Report on vaccination in the Province of Bengal - 1874-1889
Year: 1874
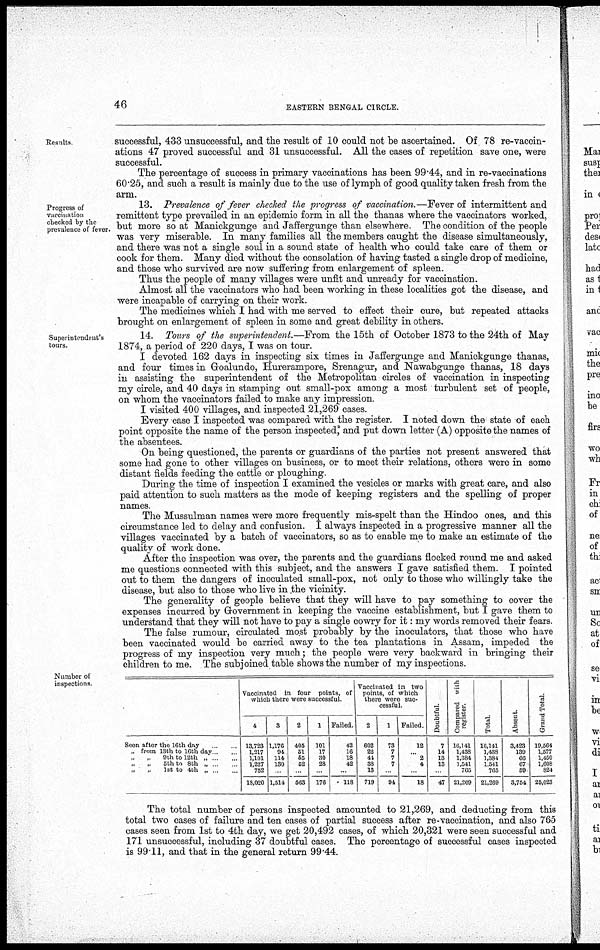
46
EASTERN BENGAL CIRCLE.
Results.
successful, 433 unsuccessful, and the result of 10 could not be ascertained. Of 78 re-vaccin-
ations 47 proved successful and 31 unsuccessful. All the cases of repetition save one, were
successful.
The percentage of success in primary vaccinations has been 99.44, and in re-vaccinations
60.25, and such a result is mainly due to the use of lymph of good quality taken fresh from the
arm.
Progress of
vaccination
checked by the
prevalence of fever.
13. Prevalence of fever checked the progress of vaccination.—Fever of intermittent and
remittent type prevailed in an epidemic form in all the thanas where the vaccinators worked,
but more so at Manickgunge and Jaffergunge than elsewhere. The condition of the people
was very miserable. In many families all the members caught the disease simultaneously,
and there was not a single soul in a sound state of health who could take care of them or
cook for them. Many died without the consolation of having tasted a single drop of medicine,
and those who survived are now suffering from enlargement of spleen.
Thus the people of many villages were unfit and unready for vaccination.
Almost all the vaccinators who had been working in these localities got the disease, and
were incapable of carrying on their work.
The medicines which I had with me served to effect their cure, but repeated attacks
brought on enlargement of spleen in some and great debility in others.
Superintendent's
tours.
14. Tours of the superintendent.—From the 15th of October 1873 to the 24th of May
1874, a period of 220 days, I was on tour.
I devoted 162 days in inspecting six times in Jaffergunge and Manickgunge thanas,
and four times in Goalundo, Hurerampore, Srenagur, and Nawabgunge thanas, 18 days
in assisting the superintendent of the Metropolitan circles of vaccination in inspecting
my circle, and 40 days in stamping out small-pox among a most turbulent set of people,
on whom the vaccinators failed to make any impression
I visited 400 villages, and inspected 21,269 cases.
Every case I inspected was compared with the register. I noted down the state of each
point opposite the name of the person inspected, and put down letter (A) opposite the names of
the absentees.
On being questioned, the parents or guardians of the parties not present answered that
some had gone to other villages on business, or to meet their relations, others were in some
distant fields feeding the cattle or ploughing
During the time of inspection I examined the vesicles or marks with great care, and also
paid attention to such matters as the mode of keeping registers and the spelling of proper
names.
The Mussulman names were more frequently mis-spelt than the Hindoo ones, and this
circumstance led to delay and confusion. I always inspected in a progressive manner all the
villages vaccinated by a batch of vaccinators, so as to enable me to make an estimate of the
quality of work done.
After the inspection was over, the parents and the guardians flocked round me and asked
me questions connected with this subject, and the answers I gave satisfied them. I pointed
out to them the dangers of inoculated small-pox, not only to those who willingly take the
disease, but also to those who live in the vicinity.
The generality of geople believe that they will have to pay something to cover the
expenses incurred by Government in keeping the vaccine establishment, but I gave them to
understand that they will not have to pay a single cowry for it: my words removed their fears.
The false rumour, circulated most probably by the inoculators, that those who have
been vaccinated would be carried away to the tea plantations in Assam, impeded the
progress of my inspection very much; the people were very backward in bringing their
children to me. The subjoined table shows the number of my inspections.
Number of
inspections.
Seen after the 16th day... ...
„ from 13th to 16th day... ...
„ „ 9th to 12th „ ... ...
„
„
5th to 8th „ ... ...
„
„
1st to 4th „ ... ...
Vaccinated in four points, of
which there were successful
4
13,723
1,217
1,101
1,227
752
18,020
3
1,176
94
114
130
...
1,514
2
405
51
55
52
...
503
1
101
17
30
28
...
176
Failed.
42
16
18
42
...
118
Vaccinated in two
points, of which
there were suc-
cessful
2
602
22
44
33
13
719
1
73
7
7
7
...
94
Failed.
12
...
2
4
...
18
Doubtful
7
14
13
13
...
47
Compared with
register.
16,141
1,438
1,384
1,541
765
21,269
Total
16,141
1,438
1,384
1,541
765
21,269
Absent.
3,423
139
66
67
59
3,754
Grand Total.
19,564
1,577
1,450
1,608
824
25,023
The total number of persons inspected amounted to 21,269, and deducting from this
total two cases of failure and ten cases of partial success after re-vaccination, and also 765
cases seen from 1st to 4th day, we get 20,492 cases, of which 20,321 were seen successful and
171 unsuccessful, including 37 doubtful cases. The percentage of successful cases inspected
is 99.11, and that in the general return 99.44.